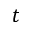
t